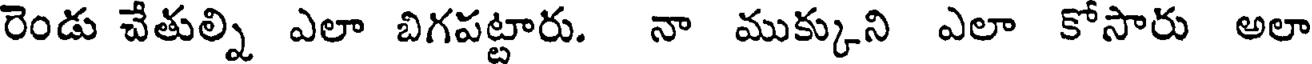
రెండు చేతుల్ని ఎలా బిగపట్టారు. నా ముక్కుని ఎలా కోసారు అలా